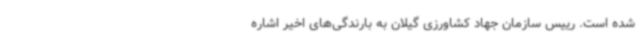
شده است. رییس سازمان جهاد کشاورزی گیلان به بارندگی‌های اخیر اشاره